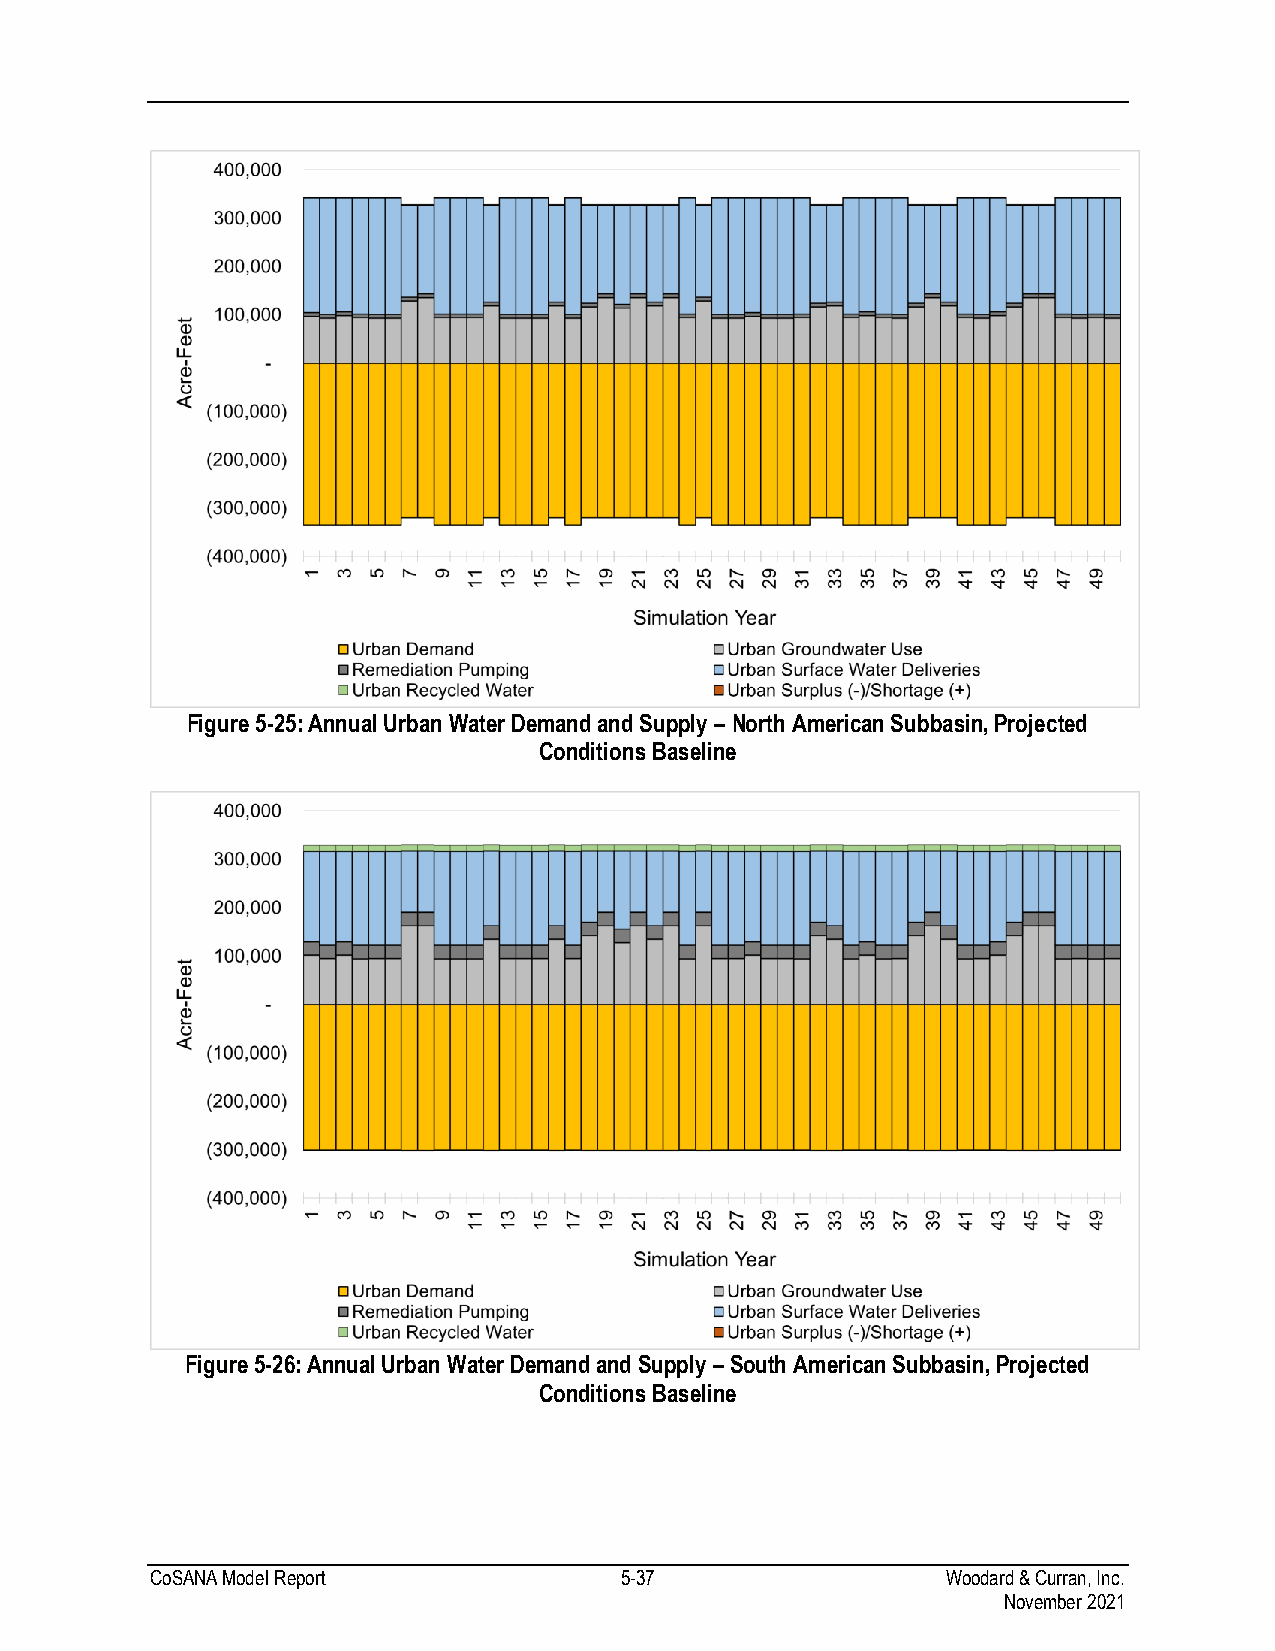
Figure 5-25: Annual Urban Water Demand and Supply – North American Subbasin, Projected
 Conditions Baseline
 Figure 5-26: Annual Urban Water Demand and Supply – South American Subbasin, Projected
 Conditions Baseline
 CoSANA Model Report            5-37                  Woodard & Curran, Inc.
 November 2021